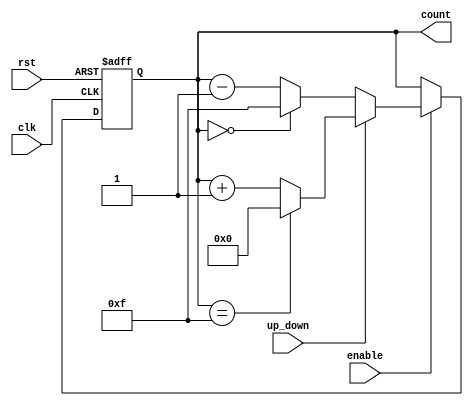
module UpDownCounter (
    input wire clk,          // Clock signal
    input wire rst,          // Asynchronous reset
    input wire up_down,      // Control signal for counting direction
    input wire enable,       // Enable signal
    output reg [3:0] count   // 4-bit count output
);

    // Define maximum count value for a 4-bit counter
    localparam MAX_COUNT = 4'b1111; // 15 in decimal

    always @(posedge clk or posedge rst) begin
        if (rst) begin
            count <= 4'b0000; // Reset count to 0
        end else if (enable) begin
            if (up_down) begin
                // Count Up
                if (count == MAX_COUNT) begin
                    count <= 4'b0000; // Wrap around to 0 on overflow
                end else begin
                    count <= count + 1; // Increment count
                end
            end else begin
                // Count Down
                if (count == 4'b0000) begin
                    count <= MAX_COUNT; // Wrap around to MAX_COUNT on underflow
                end else begin
                    count <= count - 1; // Decrement count
                end
            end
        end
        // If enable is low, hold the current count value
    end

endmodule